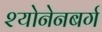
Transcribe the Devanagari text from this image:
श्योनेनबर्ग